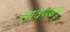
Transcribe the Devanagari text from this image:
सावणमनु